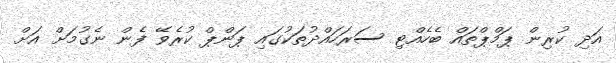
އަދި ކުރިން ޕަމްޕްތައް ބެހެއްޓި ސަރަހައްދުތަކުގައި ޕަންޕް ކުރެވޭ ފެން ނެގުމަށް އަށް